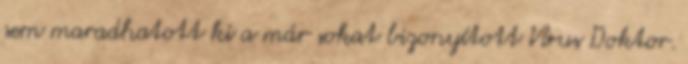
sem maradhatott ki a már sokat bizonyított Vírus Doktor.